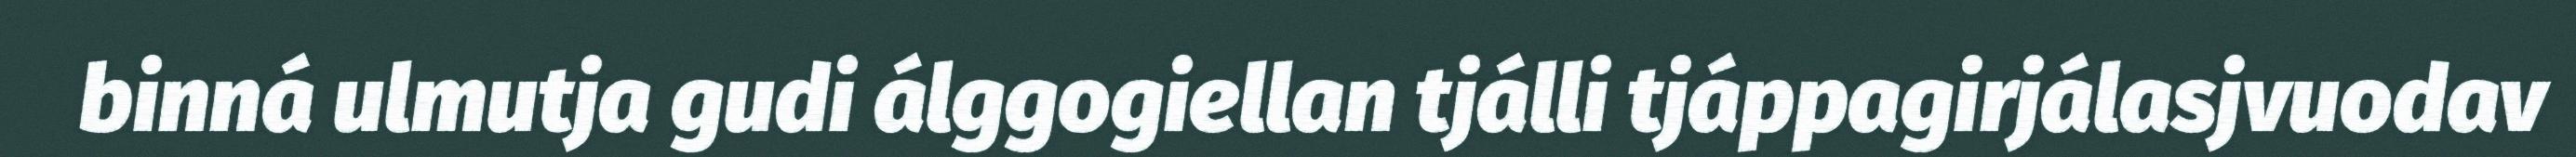
binná ulmutja gudi álggogiellan tjálli tjáppagirjálasjvuodav